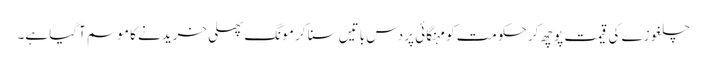
چلغوزے کی قیمت پوچھ کر حکومت کو مہنگائی پر دس باتیں سنا کر مونگ پھلی خریدنے کا موسم آگیا ہے۔